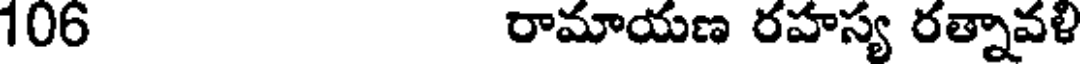
106 రామాయణ రహస్య రత్నావళి